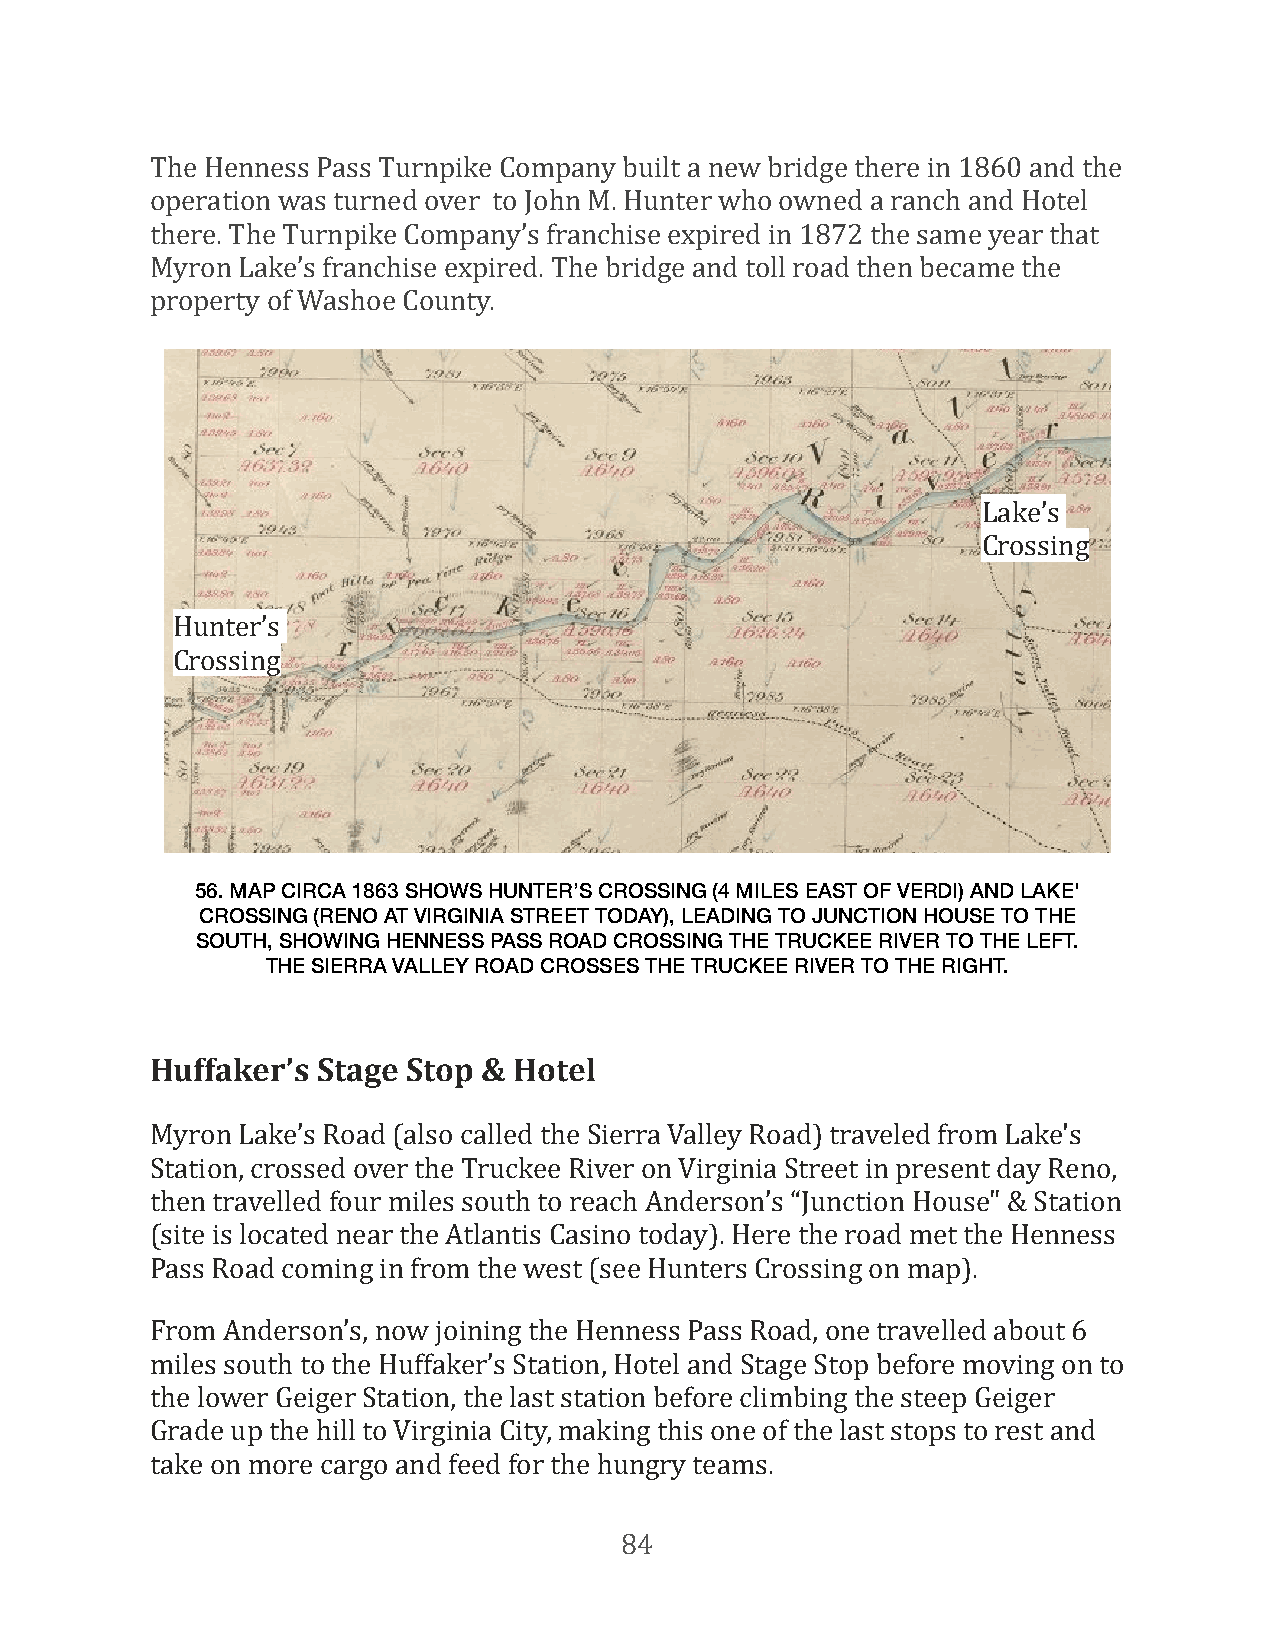
The Henness Pass Turnpike Company built a new bridge there in 1860 and the
 operation was turned over to John M. Hunter who owned a ranch and Hotel
 there. The Turnpike Company’s franchise expired in 1872 the same year that
 Myron Lake’s franchise expired. The bridge and toll road then became the
 property of Washoe County.
 Lake’s
 Crossing
 Hunter’s
 Crossing
 56. MAP CIRCA 1863 SHOWS HUNTER’S CROSSING (4 MILES EAST OF VERDI) AND LAKE'
 CROSSING (RENO AT VIRGINIA STREET TODAY), LEADING TO JUNCTION HOUSE TO THE
 SOUTH, SHOWING HENNESS PASS ROAD CROSSING THE TRUCKEE RIVER TO THE LEFT.
 THE SIERRA VALLEY ROAD CROSSES THE TRUCKEE RIVER TO THE RIGHT.
 Huffaker’s Stage Stop & Hotel
 Myron Lake’s Road (also called the Sierra Valley Road) traveled from Lake's
 Station, crossed over the Truckee River on Virginia Street in present day Reno,
 then travelled four miles south to reach Anderson’s “Junction House" & Station
 (site is located near the Atlantis Casino today). Here the road met the Henness
 Pass Road coming in from the west (see Hunters Crossing on map).
 From Anderson’s, now joining the Henness Pass Road, one travelled about 6
 miles south to the Huffaker’s Station, Hotel and Stage Stop before moving on to
 the lower Geiger Station, the last station before climbing the steep Geiger
 Grade up the hill to Virginia City, making this one of the last stops to rest and
 take on more cargo and feed for the hungry teams.
 84